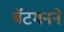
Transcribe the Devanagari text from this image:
बॅटमनने